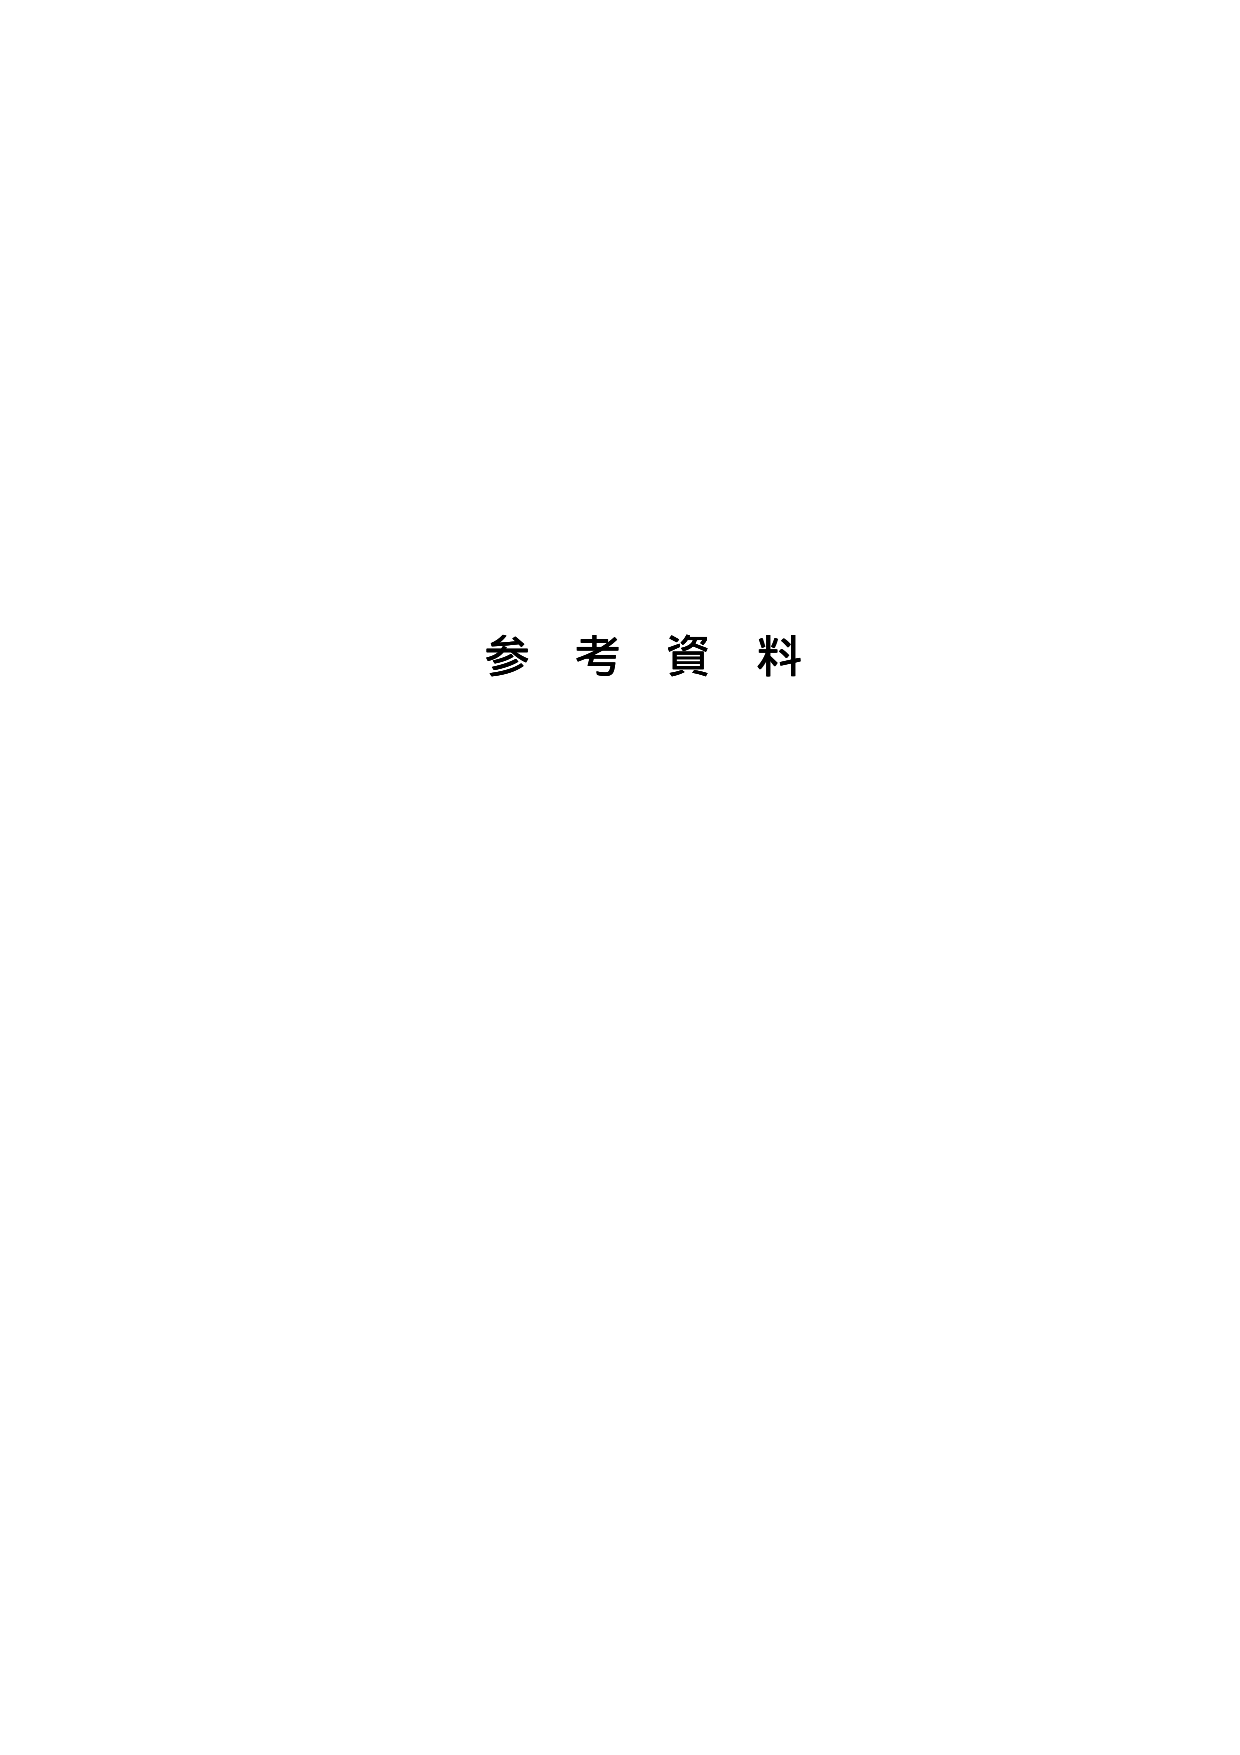
参考資料